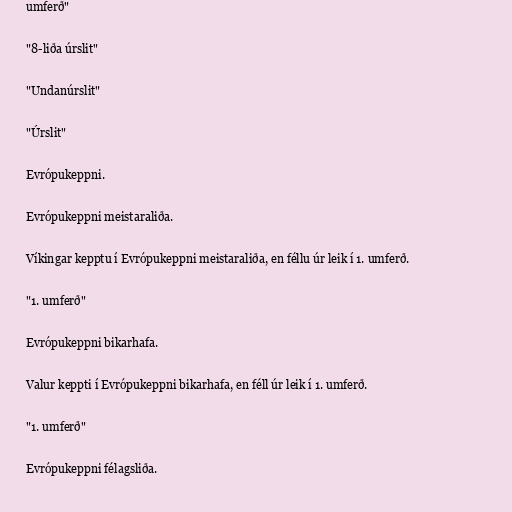
umferð"

"8-liða úrslit"

"Undanúrslit"

"Úrslit"

Evrópukeppni.

Evrópukeppni meistaraliða.

Víkingar kepptu í Evrópukeppni meistaraliða, en féllu úr leik í 1. umferð.

"1. umferð"

Evrópukeppni bikarhafa.

Valur keppti í Evrópukeppni bikarhafa, en féll úr leik í 1. umferð.

"1. umferð"

Evrópukeppni félagsliða.